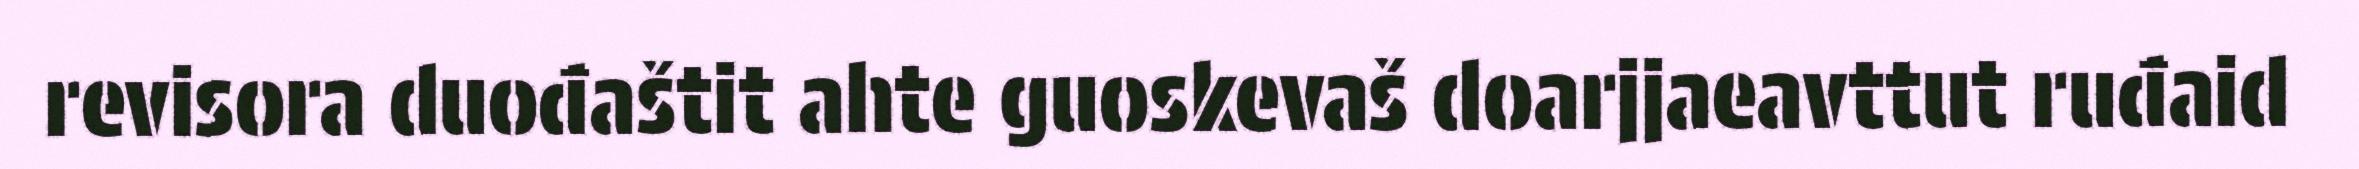
revisora duođaštit ahte guoskevaš doarjjaeavttut ruđaid